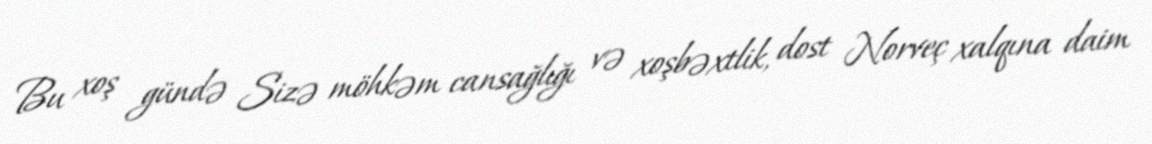
Bu xoş gündə Sizə möhkəm cansağlığı və xoşbəxtlik, dost Norveç xalqına daim